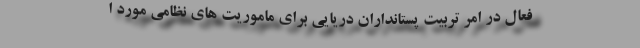
فعال در امر تربیت پستانداران دریایی برای ماموریت های نظامی مورد ا